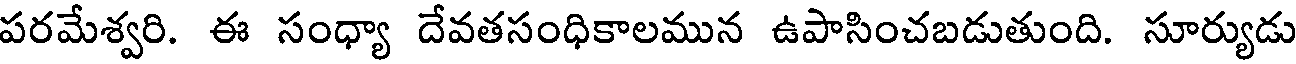
పరమేశ్వరి. ఈ సంధ్యా దేవతసంధికాలమున ఉపాసించబడుతుంది. సూర్యుడు